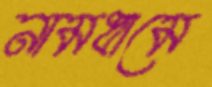
নামধামে